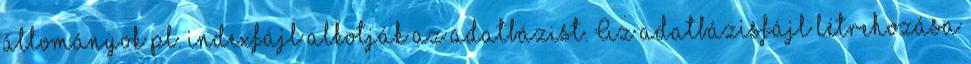
állományok pl. indexfájl alkotják az adatbázist. Az adatbázisfájl létrehozása